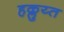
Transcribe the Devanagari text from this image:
हक्लुय्त